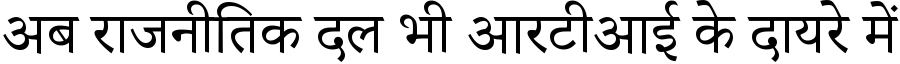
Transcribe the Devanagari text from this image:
अब राजनीतिक दल भी आरटीआई के दायरे में